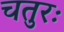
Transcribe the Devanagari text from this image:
चतुरः